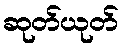
ဆုတ်ယုတ်